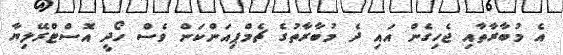
އެ މުބާރާތާއި ޖެހިގެން އައި ދެ މުބާރާތުގެ ޗެމްޕިއަންކަން ވެސް ހޯދީ އޮސްޓްރޭލިޔާ